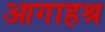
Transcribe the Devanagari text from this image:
आगाहश्र